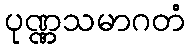
ပုဏ္ဏသမာဂတံ